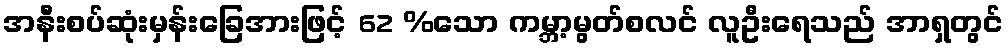
အနီးစပ်ဆုံးမှန်းခြေအားဖြင့် 62 %သော ကမ္ဘာ့မွတ်စလင် လူဦးရေသည် အာရှတွင်